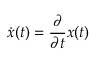
{ \dot { x } } ( t ) = { \frac { \partial } { \partial t } } x ( t )